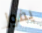
يفوز